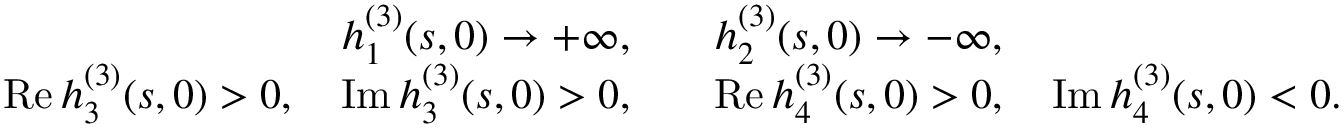
\begin{array} { r l } { h _ { 1 } ^ { ( 3 ) } ( s , 0 ) \rightarrow + \infty , } & { \quad h _ { 2 } ^ { ( 3 ) } ( s , 0 ) \rightarrow - \infty , } \\ { \operatorname { R e } h _ { 3 } ^ { ( 3 ) } ( s , 0 ) > 0 , \quad \operatorname { I m } h _ { 3 } ^ { ( 3 ) } ( s , 0 ) > 0 , } & { \quad \operatorname { R e } h _ { 4 } ^ { ( 3 ) } ( s , 0 ) > 0 , \quad \operatorname { I m } h _ { 4 } ^ { ( 3 ) } ( s , 0 ) < 0 . } \end{array}